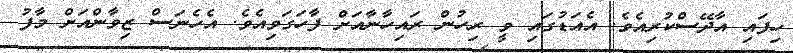
ހިފައި އާދޭސްކުރިއެވެ. އެއަޑުގައި ވީ ރިހުން ރައިހާނާއަށް ފާހަގަވިއެވެ. އެހެނަސް ޒިވާންއަށް މާފު